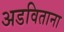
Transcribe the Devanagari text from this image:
अडविताना